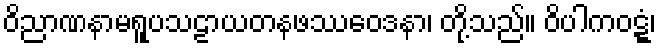
ဝိညာဏနာမရူပသဠာယတနဖဿဝေဒနာ၊ တို့သည်။ ဝိပါကဝဋ္ဋံ၊